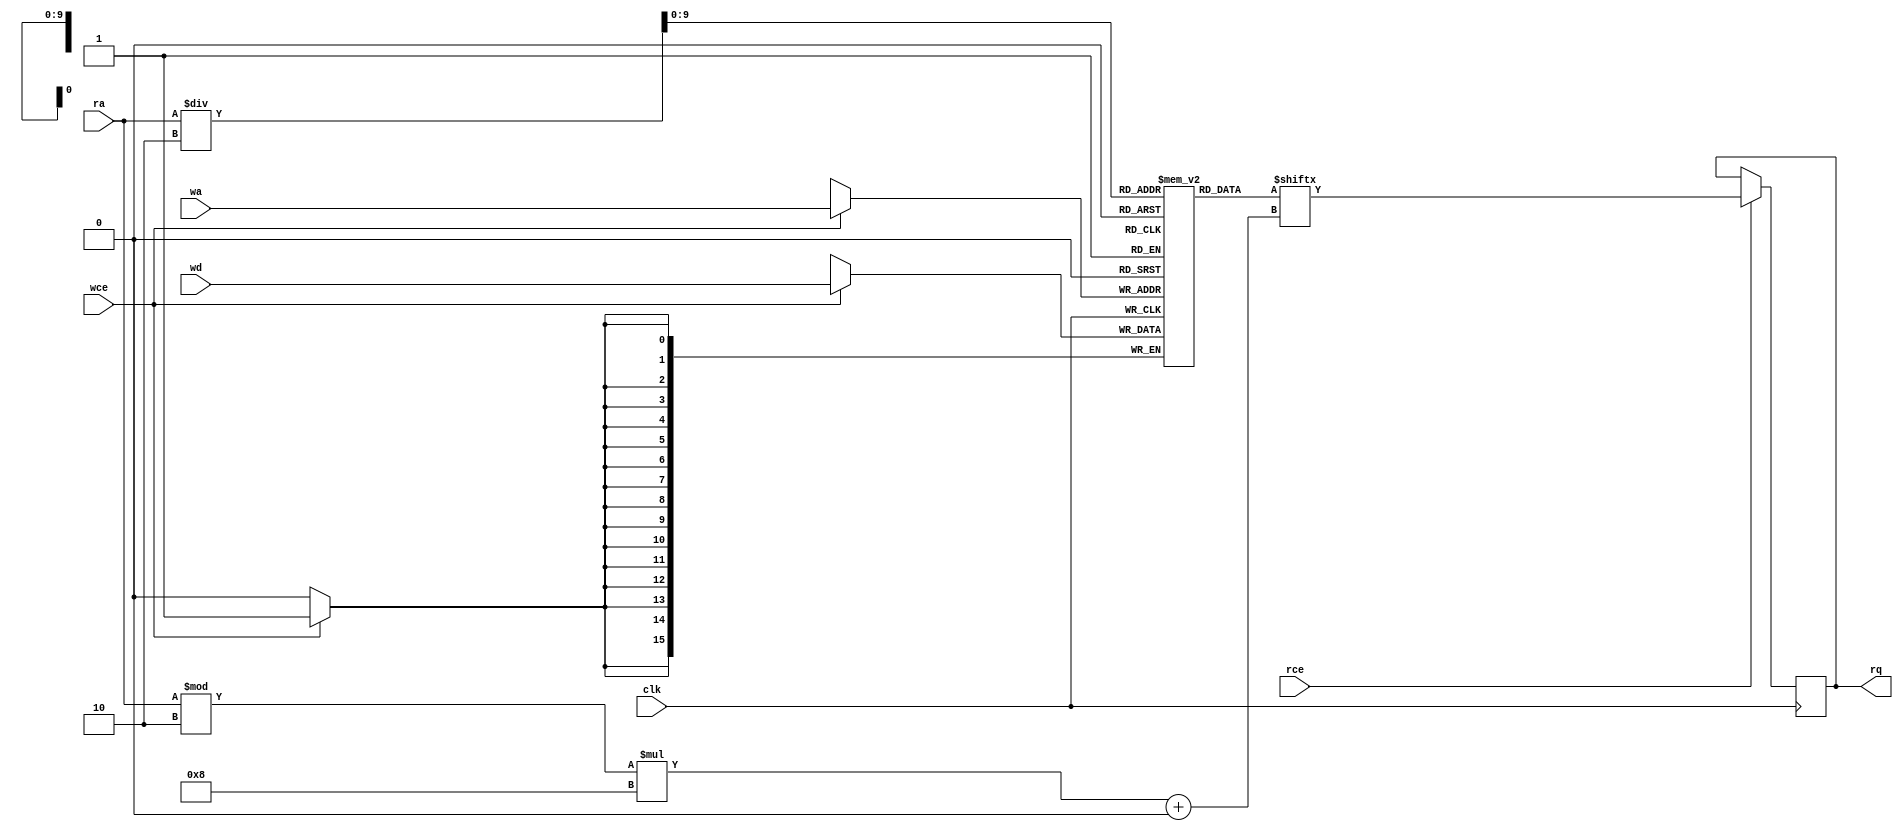
// Copyright 2020-2022 F4PGA Authors
//
// Licensed under the Apache License, Version 2.0 (the "License");
// you may not use this file except in compliance with the License.
// You may obtain a copy of the License at
//
//     http://www.apache.org/licenses/LICENSE-2.0
//
// Unless required by applicable law or agreed to in writing, software
// distributed under the License is distributed on an "AS IS" BASIS,
// WITHOUT WARRANTIES OR CONDITIONS OF ANY KIND, either express or implied.
// See the License for the specific language governing permissions and
// limitations under the License.
//
// SPDX-License-Identifier: Apache-2.0

module spram_16x1024_8x2048 (
	clk,
	rce,
	ra,
	rq,
	wce,
	wa,
	wd
);
	input clk;
	input rce;
	input [10:0] ra;
	output reg [7:0] rq;
	input wce;
	input [9:0] wa;
	input [15:0] wd;
	reg [15:0] memory [0:1023];
	always @(posedge clk) begin
		if (rce)
			rq <= memory[ra / 2][(ra % 2) * 8+:8];
		if (wce)
			memory[wa] <= wd;
	end
	integer i;
	initial for (i = 0; i < 1024; i = i + 1)
		memory[i] = 0;
endmodule

module spram_16x2048_8x4096 (
	clk,
	rce,
	ra,
	rq,
	wce,
	wa,
	wd
);
	input clk;
	input rce;
	input [11:0] ra;
	output reg [7:0] rq;
	input wce;
	input [10:0] wa;
	input [15:0] wd;
	reg [15:0] memory [0:2047];
	always @(posedge clk) begin
		if (rce)
			rq <= memory[ra / 2][(ra % 2) * 8+:8];
		if (wce)
			memory[wa] <= wd;
	end
	integer i;
	initial for (i = 0; i < 2048; i = i + 1)
		memory[i] = 0;
endmodule

module spram_32x1024_16x2048 (
	clk,
	rce,
	ra,
	rq,
	wce,
	wa,
	wd
);
	input clk;
	input rce;
	input [10:0] ra;
	output reg [15:0] rq;
	input wce;
	input [9:0] wa;
	input [31:0] wd;
	reg [31:0] memory [0:1023];
	always @(posedge clk) begin
		if (rce)
			rq <= memory[ra / 2][(ra % 2) * 16+:16];
		if (wce)
			memory[wa] <= wd;
	end
	integer i;
	initial for (i = 0; i < 1024; i = i + 1)
		memory[i] = 0;
endmodule

module spram_32x1024_8x4096 (
	clk,
	rce,
	ra,
	rq,
	wce,
	wa,
	wd
);
	input clk;
	input rce;
	input [11:0] ra;
	output reg [7:0] rq;
	input wce;
	input [9:0] wa;
	input [31:0] wd;
	reg [31:0] memory [0:1023];
	always @(posedge clk) begin
		if (rce)
			rq <= memory[ra / 4][(ra % 4) * 8+:8];
		if (wce)
			memory[wa] <= wd;
	end
	integer i;
	initial for (i = 0; i < 1024; i = i + 1)
		memory[i] = 0;
endmodule